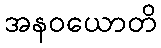
အနဝယောတိ